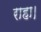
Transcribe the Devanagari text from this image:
राहा।